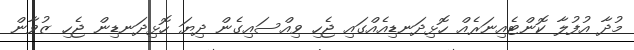
މުދާ އުފުލާ ކޮންޓެއިނަރެއް ހޮޅިދަނޑިއެއްގައި ޖެހި ވިއްސައިގެން ދިޔަ ހޮޅިދަނޑިން ޖެހި ޒުވާން